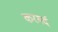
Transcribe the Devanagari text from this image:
करमर्द